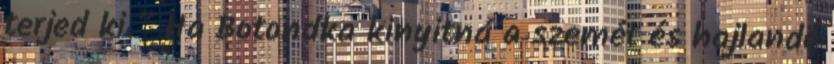
terjed ki.” Ha Botondka kinyitná a szemét és hajlandó